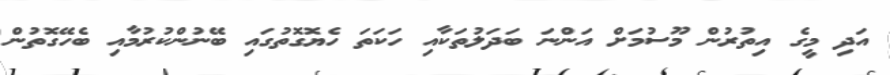
އަދި މީގެ އިތުރުން މޫސުމަށް އަންނަ ބަދަލުތަކާއި ހަކަތަ ހެޔޮގޮތުގައި ބޭނުންކުރުމާއި ބެހޭގޮތުން